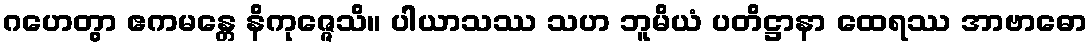
ဂဟေတွာ ဧကမန္တေ နိကုဇ္ဇေသိ။ ပါယာသဿ သဟ ဘူမိယံ ပတိဋ္ဌာနာ ထေရဿ အာဗာဓော